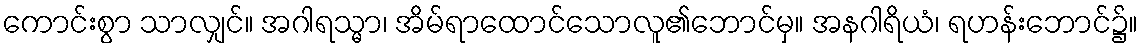
ကောင်းစွာ သာလျှင်။ အဂါရသ္မာ၊ အိမ်ရာထောင်သောလူ၏ဘောင်မှ။ အနဂါရိယံ၊ ရဟန်းဘောင်၌။